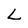
Character: L